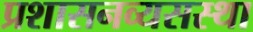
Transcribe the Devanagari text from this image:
प्रशासनव्यसस्था